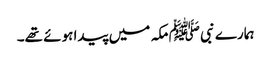
ہمارے نبی ﷺ مکہ میں پیدا ہوئے تھے۔